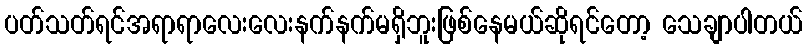
ပတ်သတ်ရင်အရာရာလေးလေးနက်နက်မရှိဘူးဖြစ်နေမယ်ဆိုရင်တော့ သေချာပါတယ်